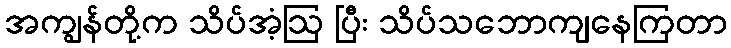
အကျွန်တို့က သိပ်အံ့ဩ ပြီး သိပ်သဘောကျနေကြတာ